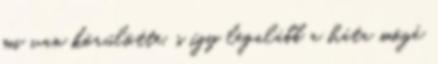
mi van körülötte, s így legalább a háta mögé